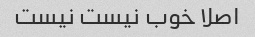
اصلا خوب نیست نیست